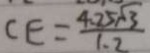
C E = \frac { 4 . 2 5 \sqrt { 3 } } { 1 . 2 }